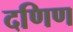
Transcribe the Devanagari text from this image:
दणिण